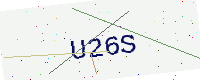
Text: U26S